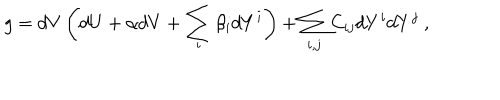
g = d V \left( d U + \alpha d V + \sum _ { i } \beta _ { i } d Y ^ { i } \right) + \sum _ { i , j } C _ { i j } d Y ^ { i } d Y ^ { j } ~ ,